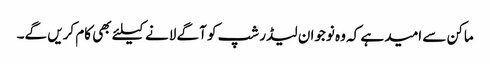
ماکن سے امید ہے کہ وہ نوجوان لیڈر شپ کو آگے لانے کیلئے بھی کام کریں گے۔